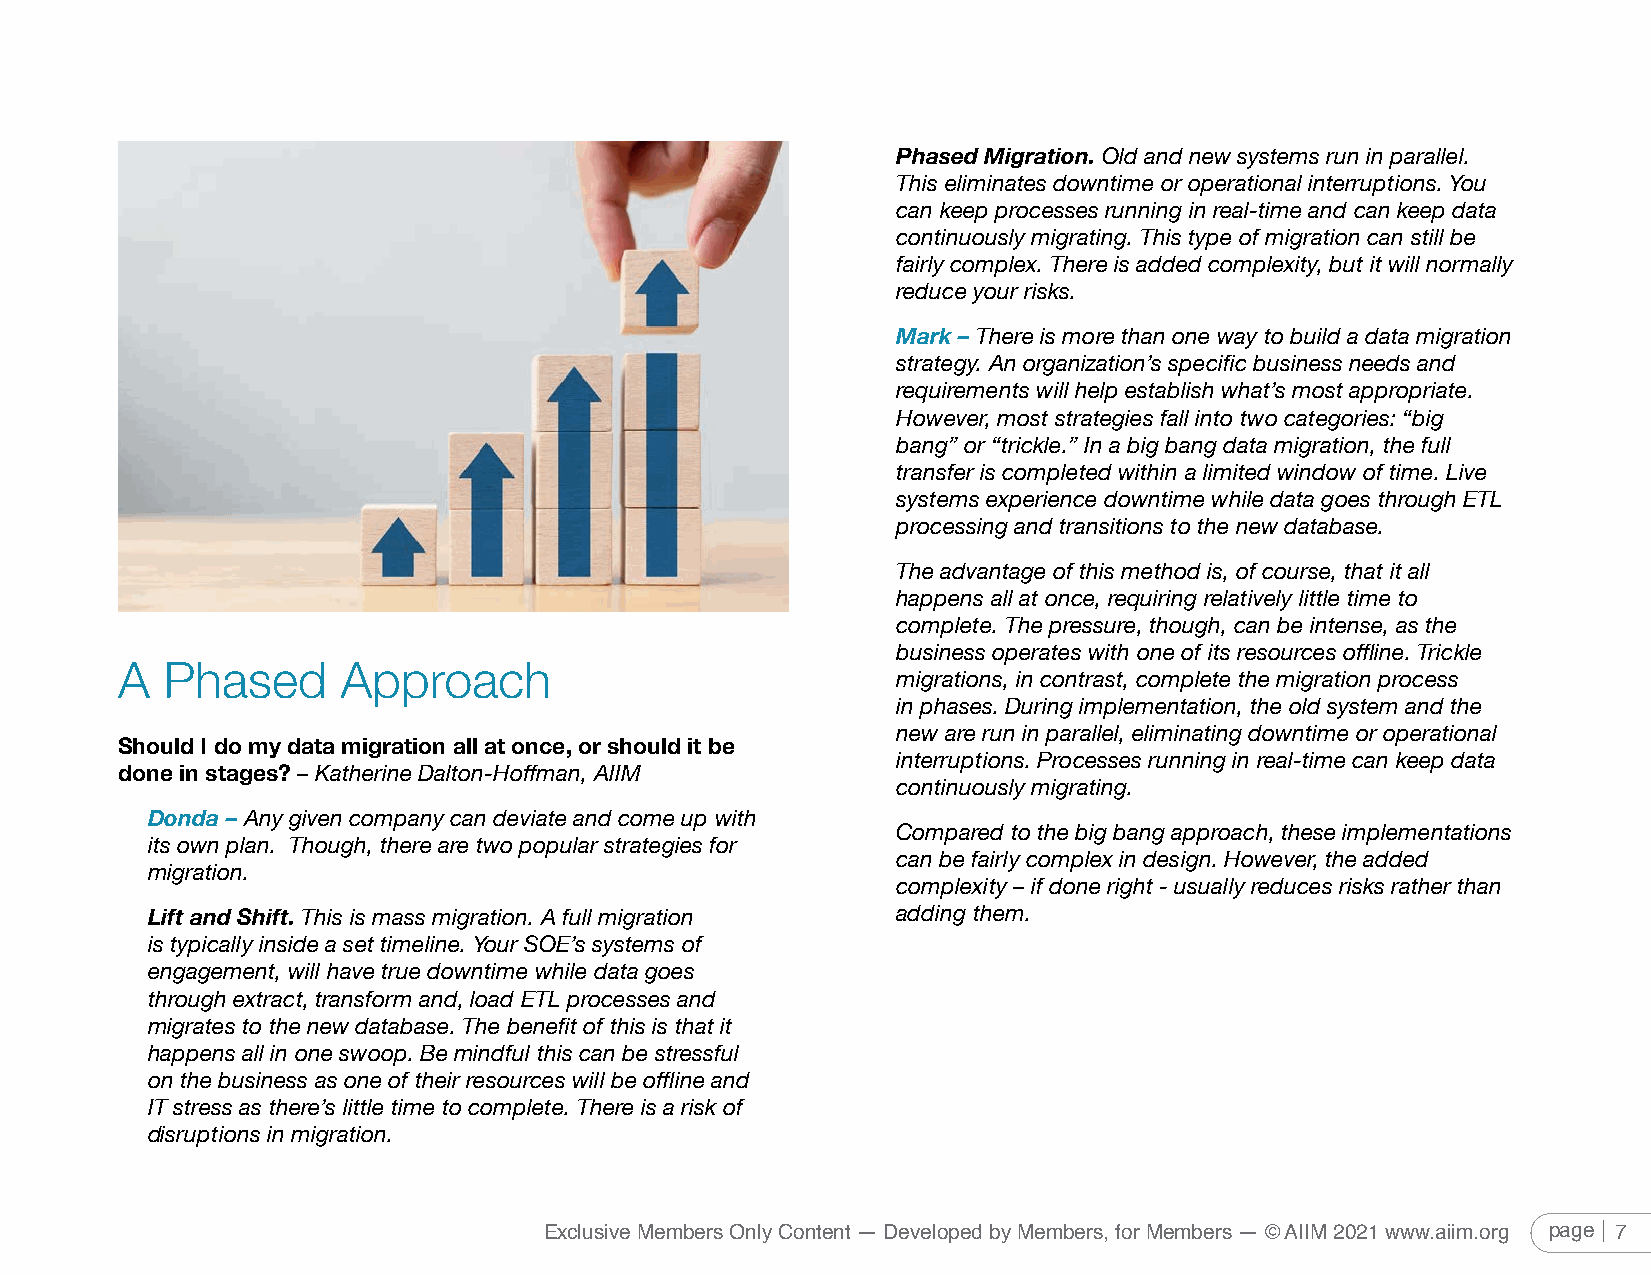
Phased Migration. Old and new systems run in parallel.
 This eliminates downtime or operational interruptions. You
 can keep processes running in real-time and can keep data
 continuously migrating. This type of migration can still be
 fairly complex. There is added complexity, but it will normally
 reduce your risks.
 Mark – There is more than one way to build a data migration
 strategy. An organization’s specific business needs and
 requirements will help establish what’s most appropriate.
 However, most strategies fall into two categories: “big
 bang” or “trickle.” In a big bang data migration, the full
 transfer is completed within a limited window of time. Live
 systems experience downtime while data goes through ETL
 processing and transitions to the new database.
 The advantage of this method is, of course, that it all
 happens all at once, requiring relatively little time to
 complete. The pressure, though, can be intense, as the
 business operates with one of its resources offline. Trickle
 A  Phased      Approach
 migrations, in contrast, complete the migration process
 in phases. During implementation, the old system and the
 new are run in parallel, eliminating downtime or operational
 Should I do my data migration all at once, or should it be
 interruptions. Processes running in real-time can keep data
 done in stages? – Katherine Dalton-Hoffman, AIIM
 continuously migrating.
 Donda – Any given company can deviate and come up with
 Compared to the big bang approach, these implementations
 its own plan. Though, there are two popular strategies for
 can be fairly complex in design. However, the added
 migration.
 complexity – if done right - usually reduces risks rather than
 Lift and Shift. This is mass migration. A full migration adding them.
 is typically inside a set timeline. Your SOE’s systems of
 engagement, will have true downtime while data goes
 through extract, transform and, load ETL processes and
 migrates to the new database. The benefit of this is that it
 happens all in one swoop. Be mindful this can be stressful
 on the business as one of their resources will be offline and
 IT stress as there’s little time to complete. There is a risk of
 disruptions in migration.
 Exclusive Members Only Content — Developed by Members, for Members — © AIIM 2021 www.aiim.org page 7